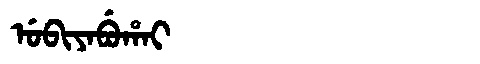
Manchu: ᡠᠪᡳᠶᠠᠪᡠᡥᠠᡳ
Romanization: UBIYABUHAI